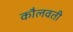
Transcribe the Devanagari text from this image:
कौलवती